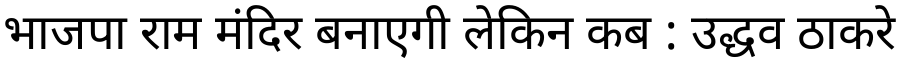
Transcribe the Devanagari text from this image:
भाजपा राम मंदिर बनाएगी लेकिन कब : उद्धव ठाकरे